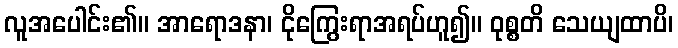
လူအပေါင်း၏။ အာရောဒနာ၊ ငိုကြွေးရာအရပ်ဟူ၍။ ဝုစ္စတိ သေယျထာပိ၊